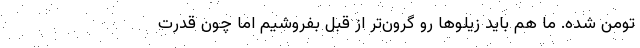
تومن شده. ما هم باید زیلوها رو گرون‌تر از قبل بفروشیم اما چون قدرت